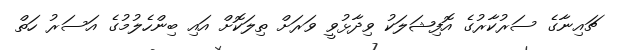
ޗައިނާގެ ސަރުކާރުގެ އޮފިޝަލަކު ވިދާޅުވީ ވަރަށް ތިލަކޮށް އައި ބިންހެލުމުގެ އަސަރު ހަތް